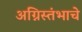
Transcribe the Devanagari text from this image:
अग्निस्तंभाचे